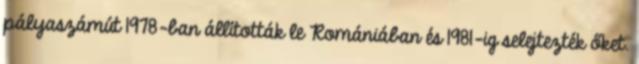
pályaszámút 1978-ban állították le Romániában és 1981-ig selejtezték őket.